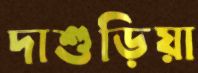
দাশুড়িয়া